Vaccination in Burma 1920-1933 - 1920-1933
Year: 1920
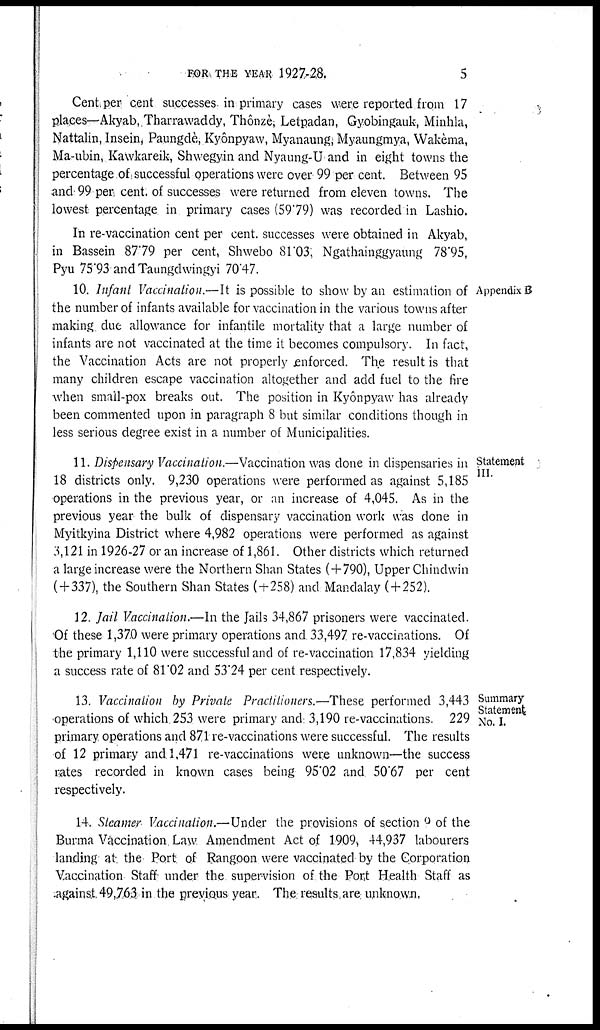
FOR THE YEAR 1927-28.
5
Cent per cent successes in primary cases were reported from 17
places—Akyab, Tharrawaddy, Thônzè, Letpadan, Gyobingauk, Minhla,
Nattalin, Insein, Paungdè, Kyônpyaw, Myanaung, Myaungmya, Wakèma,
Ma-ubin, Kawkareik, Shwegyin and Nyaung-U and in eight towns the
percentage of successful operations were over 99 per cent. Between 95
and 99 per cent. of successes were returned from eleven towns. The
lowest percentage in primary cases (59.79) was recorded in Lashio.
In re-vaccination cent per cent. successes were obtained in Akyab,
in Bassein 87.79 per cent, Shwebo 81.03, Ngathainggyaung 78.95,
Pyu 75.93 and Taungdwingyi 70.47.
Appendix B
10. Infant Vaccination.—It is possible to show by an estimation of
the number of infants available for vaccination in the various towns after
making due allowance for infantile mortality that a large number of
infants are not vaccinated at the time it becomes compulsory. In fact,
the Vaccination Acts are not properly enforced. The result is that
many children escape vaccination altogether and add fuel to the fire
when small-pox breaks out. The position in Kyônpyaw has already
been commented upon in paragraph 8 but similar conditions though in
less serious degree exist in a number of Municipalities.
Statement
III.
11. Dispensary Vaccination.—Vaccination was done in dispensaries in
18 districts only. 9,230 operations were performed as against 5,185
operations in the previous year, or an increase of 4,045. As in the
previous year the bulk of dispensary vaccination work was done in
Myitkyina District where 4,982 operations were performed as against
3,121 in 1926-27 or an increase of 1,861. Other districts which returned
a large increase were the Northern Shan States (+790), Upper Chindwin
(+337), the Southern Shan States (+258) and Mandalay ( + 252).
12. Jail Vaccination.—In the Jails 34,867 prisoners were vaccinated.
Of these 1,370 were primary operations and 33,497 re-vaccinations. Of
the primary 1,110 were successful and of re-vaccination 17,834 yielding
a success rate of 81.02 and 53.24 per cent respectively.
Summary
Statement
No. I.
13. Vaccination by Private Practitioners.—These performed 3,443
operations of which 253 were primary and 3,190 re-vaccinations. 229
primary operations and 871 re-vaccinations were successful. The results
of 12 primary and 1,471 re-vaccinations were unknown—the success
rates recorded in known cases being 95.02 and 50.67 per cent
respectively.
14. Steamer Vaccination.—Under the provisions of section ° of the
Burma Vaccination Law Amendment Act of 1909, 44,937 labourers
landing at the Port of Rangoon were vaccinated by the Corporation
Vaccination Staff under the supervision of the Port Health Staff as
against 49,763 in the previous year. The results are unknown.